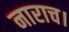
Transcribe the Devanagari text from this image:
नाराच।